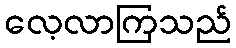
လေ့လာကြသည်